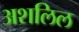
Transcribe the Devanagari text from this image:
अशलिल